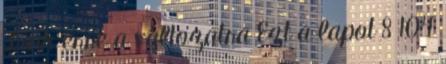
Link erre a változatra Ezt a lapot 8 104